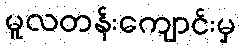
မူလတန်းကျောင်းမှ